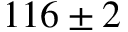
1 1 6 \pm 2